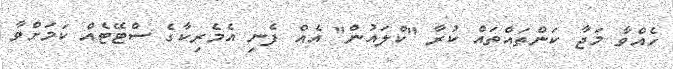
ހެއްވާ މަޖާ ކަންތައްތައް ކުރާ "ކްލައުން" އެއް ފެނި އެމެރިކާގެ ސްޓޭޓެއް ކަމަށްވާ